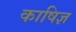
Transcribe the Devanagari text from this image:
काषिज्ञ